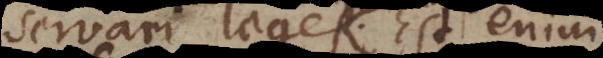
servari leges. Est enim